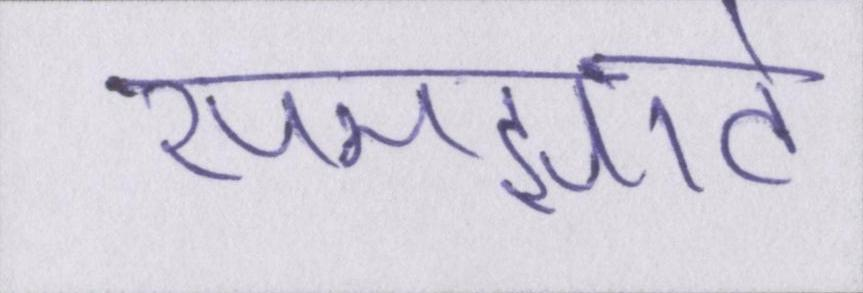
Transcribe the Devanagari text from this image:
समझाते